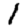
Digit: 1